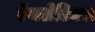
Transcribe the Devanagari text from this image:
ऍथलेटिक्स